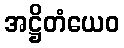
အဋ္ဌိတံယေဝ